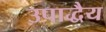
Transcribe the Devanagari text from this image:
उपाद्धैय